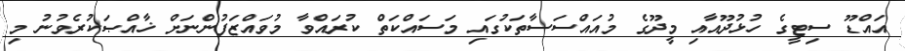
އައްޑޫ ސިޓީގެ ހުޅުދޫއާއި މީދޫގެ މުއައްސަސާތަކުގައި މަސައްކަތް ކުރައްވާ މުވައްޒަފުންނަށް ޚާއްޞަކުރެވުނު މި